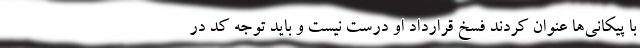
با پیکانی‌ها عنوان کردند فسخ قرارداد او درست نیست و باید توجه کد در